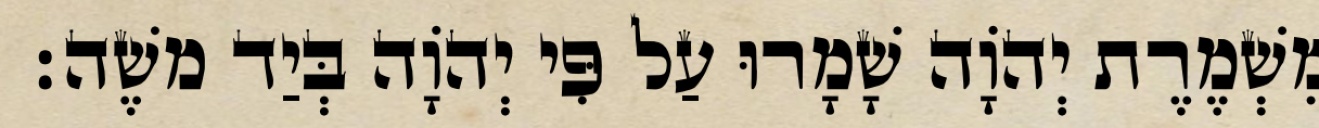
מִשְׁמֶרֶת יְהוָֹה שָׁמָרוּ עַל פִּי יְהוָֹה בְּיַד משֶׁה׃